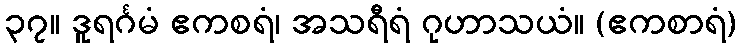
၃၇။ ဒူရင်္ဂမံ ဧကစရံ၊ အသရီရံ ဂုဟာသယံ။ (ဧကစာရံ)